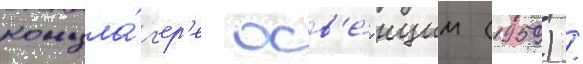
концла́г'ер'е осв'е́нцим (1959) /